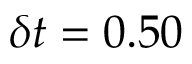
\delta t = 0 . 5 0